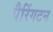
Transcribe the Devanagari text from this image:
पैरिंगटन